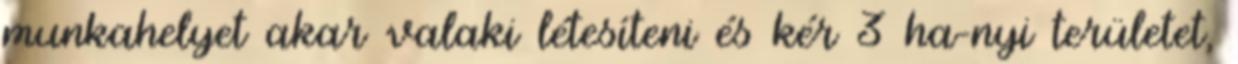
munkahelyet akar valaki létesíteni és kér 3 ha-nyi területet,